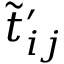
\tilde { t } _ { i j } ^ { \prime }